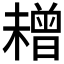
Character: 𱤜